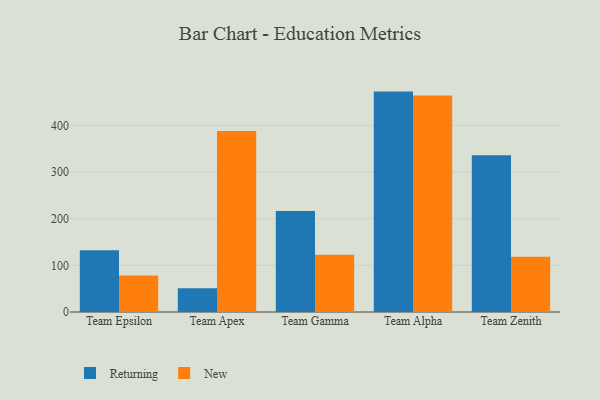
{"axis": {"x": "Team", "y": "Churn Rate (%)"}, "legend": ["New", "Returning"], "data": [{"x": "Team Epsilon", "y": 132.5, "type": "Returning"}, {"x": "Team Epsilon", "y": 78.0, "type": "New"}, {"x": "Team Apex", "y": 50.7, "type": "Returning"}, {"x": "Team Apex", "y": 388.0, "type": "New"}, {"x": "Team Gamma", "y": 216.4, "type": "Returning"}, {"x": "Team Gamma", "y": 122.8, "type": "New"}, {"x": "Team Alpha", "y": 472.5, "type": "Returning"}, {"x": "Team Alpha", "y": 464.1, "type": "New"}, {"x": "Team Zenith", "y": 336.3, "type": "Returning"}, {"x": "Team Zenith", "y": 118.2, "type": "New"}]}